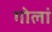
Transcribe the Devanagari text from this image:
गोलां